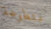
متطوعة